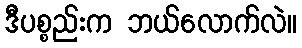
ဒီပစ္စည်းက ဘယ်လောက်လဲ။